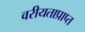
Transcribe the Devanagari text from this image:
वरीयताप्राप्त